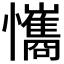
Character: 𢥘